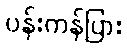
ပန်းကန်ပြား